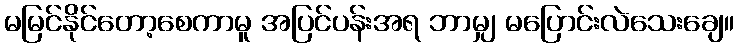
မမြင်နိုင်တော့စေကာမူ အပြင်ပန်းအရ ဘာမျှ မပြောင်းလဲသေးချေ။